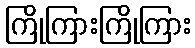
ကြိုကြားကြိုကြား